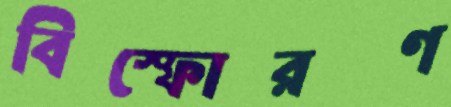
বিস্ফোরণ